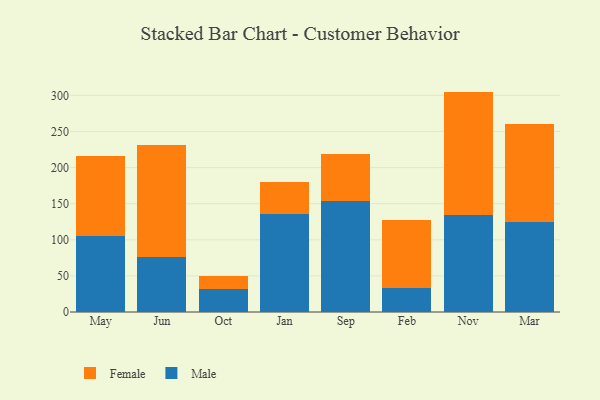
{"axis": {"x": "Month", "y": "Active Users"}, "legend": ["Female", "Male"], "data": [{"x": "May", "y": 104.6, "type": "Male"}, {"x": "May", "y": 111.0, "type": "Female"}, {"x": "Jun", "y": 76.8, "type": "Male"}, {"x": "Jun", "y": 154.0, "type": "Female"}, {"x": "Oct", "y": 31.3, "type": "Male"}, {"x": "Oct", "y": 18.2, "type": "Female"}, {"x": "Jan", "y": 136.1, "type": "Male"}, {"x": "Jan", "y": 43.5, "type": "Female"}, {"x": "Sep", "y": 153.5, "type": "Male"}, {"x": "Sep", "y": 65.9, "type": "Female"}, {"x": "Feb", "y": 33.4, "type": "Male"}, {"x": "Feb", "y": 94.4, "type": "Female"}, {"x": "Nov", "y": 135.0, "type": "Male"}, {"x": "Nov", "y": 170.3, "type": "Female"}, {"x": "Mar", "y": 124.4, "type": "Male"}, {"x": "Mar", "y": 136.7, "type": "Female"}]}